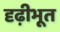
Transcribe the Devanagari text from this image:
दृढ़ीभूत